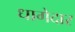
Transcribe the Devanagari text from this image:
धागेदार